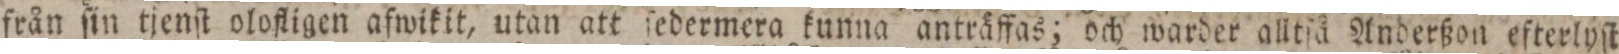
från ſin tjenſt olofligen afwikit, utan att ſedermera kunna anträffas; och warder alltſå Anderßon efterlyſt